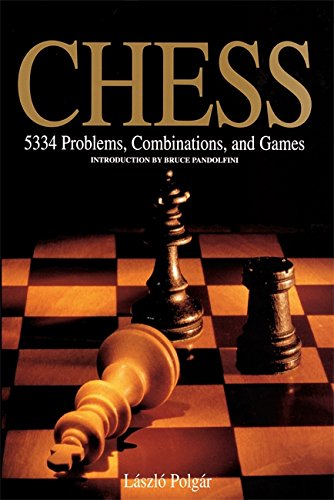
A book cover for Chess: 5334 Problems, Combinations and Games; LÃ¡szlÃ³ PolgÃ¡r; Humor & Entertainment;